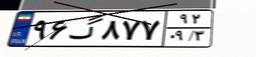
۹۶گ۸۷۷۹۲